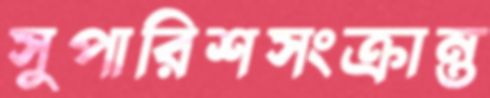
সুপারিশসংক্রান্ত